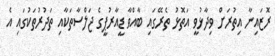
ރޮޒައިނާ އިތުރަށް ވިދާޅުވީ އަތޮޅު ތެރޭގައި ބާއްވާ ޑީއާރުޕީގެ ޖަލްސާތަކާއި ތަދުރުތަކުގައި އެ